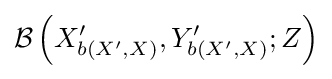
{\mathcal {B}}\left(X_{b\left(X^{\prime },X\right)}^{\prime },Y_{b\left(X^{\prime },X\right)}^{\prime };Z\right)